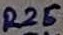
Text: R25